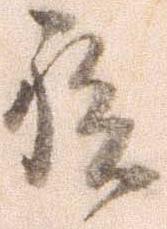
族